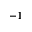
^ { - 1 }